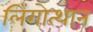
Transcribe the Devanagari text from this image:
लिंगोत्थान